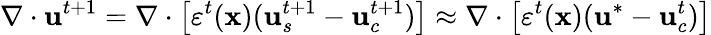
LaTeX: \nabla\cdot\mathbf{u}^{t+1}=\nabla\cdot\left[\varepsilon^{t}(\mathbf{x})(\mathbf{u}_{s}^{t+1}-\mathbf{u}_{c}^{t+1})\right]\approx\nabla\cdot\left[\varepsilon^{t}(\mathbf{x})(\mathbf{u}^{*}-\mathbf{u}_{c}^{t})\right]